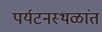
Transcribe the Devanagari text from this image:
पर्यटनस्थळांत